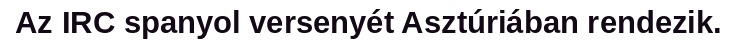
Az IRC spanyol versenyét Asztúriában rendezik.